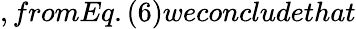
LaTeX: ,fromEq.(6)weconcludethat